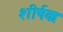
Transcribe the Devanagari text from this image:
शीर्षकः